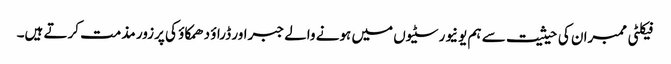
فیکلٹی ممبران کی حیثیت سے ہم یونیورسٹیوں میں ہونے والے جبراور ڈراؤ دھمکاؤ کی پرزور مذمت کرتے ہیں۔